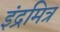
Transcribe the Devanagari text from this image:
इंद्रमित्र